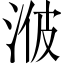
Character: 𱦧